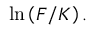
\ln \left( F / K \right) .